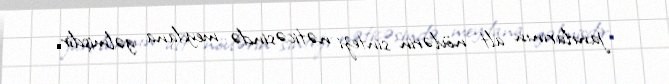
janrlarının alt növlərin sintezi nəticəsində meydana gəlmişdir.